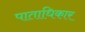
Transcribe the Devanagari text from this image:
पाताधिकार